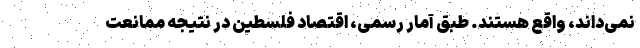
نمی‌داند، واقع هستند. طبق آمار رسمی، اقتصاد فلسطین در نتیجه ممانعت